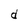
Character: d